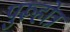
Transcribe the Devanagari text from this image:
पुरूहोत्र